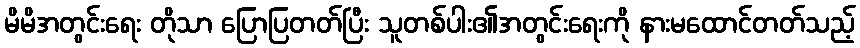
မိမိအတွင်းရေး တိုသာ ပြောပြတတ်ပြီး သူတစ်ပါး၏အတွင်းရေးကို နားမထောင်တတ်သည့်